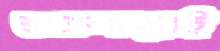
শুক্রবারেই